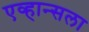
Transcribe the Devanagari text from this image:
एव्हान्सला